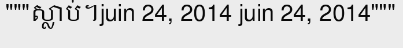
"""ស្លាប់។juin 24, 2014 juin 24, 2014"""